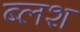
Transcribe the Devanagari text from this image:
ब्लश